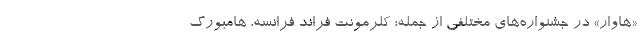
«هاوار» در جشنواره‌های مختلفی از جمله؛ کلرمونت فراند فرانسه، هامبورگ